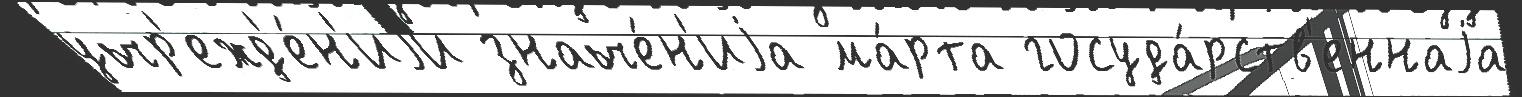
учр'ежд'е́н'иjи значе́н'иjа ма́рта госуда́рств'еннаjа